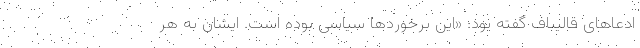
ادعاهای قالیباف گفته بود: «این برخوردها سیاسی بوده است. ایشان به هر